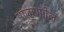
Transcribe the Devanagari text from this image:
पांजरापोल